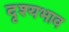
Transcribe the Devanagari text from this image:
दृश्यभाव